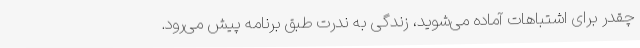
چقدر برای اشتباهات آماده می‌شوید، زندگی به ندرت طبق برنامه پیش می‌رود.